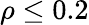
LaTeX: \rho\leq 0.2